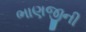
ભાણજીની